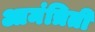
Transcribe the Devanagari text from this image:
आमंत्रिती